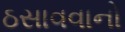
ઠસાવવાનો